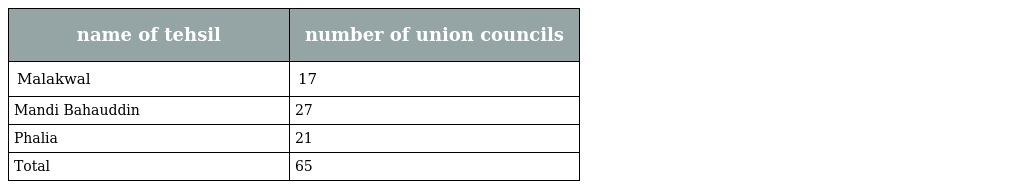
| name of tehsil | number of union councils |
 | --- | --- |
 | Malakwal | 17 |
 | Mandi Bahauddin | 27 |
 | Phalia | 21 |
 | Total | 65 |